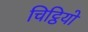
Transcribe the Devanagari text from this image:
चिट्ठियो